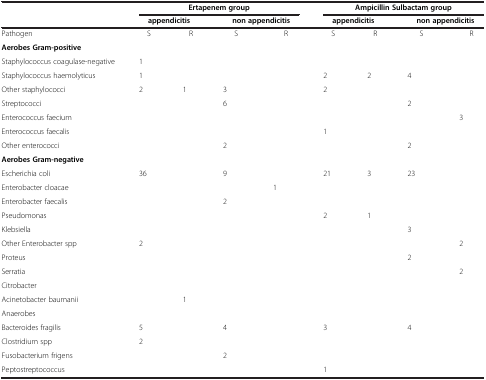
<table><thead><tr><td><b> </b></td><td colspan="4"><b>Ertapenem group</b></td><td colspan="4"><b>Ampicillin Sulbactam group</b></td></tr><tr><td><b> </b></td><td colspan="2"><b>appendicitis</b></td><td colspan="2"><b>non appendicitis</b></td><td colspan="2"><b>appendicitis</b></td><td colspan="2"><b>non appendicitis</b></td></tr></thead><tbody><tr><td>Pathogen</td><td>S</td><td>R</td><td>S</td><td>R</td><td>S</td><td>R</td><td>S</td><td>R</td></tr><tr><td colspan="9"><b>Aerobes Gram-positive</b></td></tr><tr><td>Staphylococcus coagulase-negative</td><td>1</td><td> </td><td> </td><td> </td><td> </td><td> </td><td> </td><td> </td></tr><tr><td>Staphylococcus haemolyticus</td><td>1</td><td> </td><td> </td><td> </td><td>2</td><td>2</td><td>4</td><td> </td></tr><tr><td>Other staphylococci</td><td>2</td><td>1</td><td>3</td><td> </td><td>2</td><td> </td><td> </td><td> </td></tr><tr><td>Streptococci</td><td> </td><td> </td><td>6</td><td> </td><td> </td><td> </td><td>2</td><td> </td></tr><tr><td>Enterococcus faecium</td><td> </td><td> </td><td> </td><td> </td><td> </td><td> </td><td> </td><td>3</td></tr><tr><td>Enterococcus faecalis</td><td> </td><td> </td><td> </td><td> </td><td>1</td><td> </td><td> </td><td> </td></tr><tr><td>Other enterococci</td><td> </td><td> </td><td>2</td><td> </td><td> </td><td> </td><td>2</td><td> </td></tr><tr><td colspan="9"><b>Aerobes Gram-negative</b></td></tr><tr><td>Escherichia coli</td><td>36</td><td> </td><td>9</td><td> </td><td>21</td><td>3</td><td>23</td><td> </td></tr><tr><td>Enterobacter cloacae</td><td> </td><td> </td><td> </td><td>1</td><td> </td><td> </td><td> </td><td> </td></tr><tr><td>Enterobacter faecalis</td><td> </td><td> </td><td>2</td><td> </td><td> </td><td> </td><td> </td><td> </td></tr><tr><td>Pseudomonas</td><td> </td><td> </td><td> </td><td> </td><td>2</td><td>1</td><td> </td><td> </td></tr><tr><td>Klebsiella</td><td> </td><td> </td><td> </td><td> </td><td> </td><td> </td><td>3</td><td> </td></tr><tr><td>Other Enterobacter spp</td><td>2</td><td> </td><td> </td><td> </td><td> </td><td> </td><td> </td><td>2</td></tr><tr><td>Proteus</td><td> </td><td> </td><td> </td><td> </td><td> </td><td> </td><td>2</td><td> </td></tr><tr><td>Serratia</td><td> </td><td> </td><td> </td><td> </td><td> </td><td> </td><td> </td><td>2</td></tr><tr><td>Citrobacter</td><td> </td><td> </td><td> </td><td> </td><td> </td><td> </td><td> </td><td> </td></tr><tr><td>Acinetobacter baumanii</td><td> </td><td>1</td><td> </td><td> </td><td> </td><td> </td><td> </td><td> </td></tr><tr><td colspan="9">Anaerobes</td></tr><tr><td>Bacteroides fragilis</td><td>5</td><td> </td><td>4</td><td> </td><td>3</td><td> </td><td>4</td><td> </td></tr><tr><td>Clostridium spp</td><td>2</td><td> </td><td> </td><td> </td><td> </td><td> </td><td> </td><td> </td></tr><tr><td>Fusobacterium frigens</td><td> </td><td> </td><td>2</td><td> </td><td> </td><td> </td><td> </td><td> </td></tr><tr><td>Peptostreptococcus</td><td> </td><td> </td><td> </td><td> </td><td>1</td><td> </td><td> </td><td> </td></tr></tbody></table>